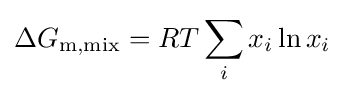
\Delta G_{\mathrm {m,mix} }=RT\sum _{i}x_{i}\ln x_{i}